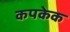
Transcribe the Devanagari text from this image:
कपकेक